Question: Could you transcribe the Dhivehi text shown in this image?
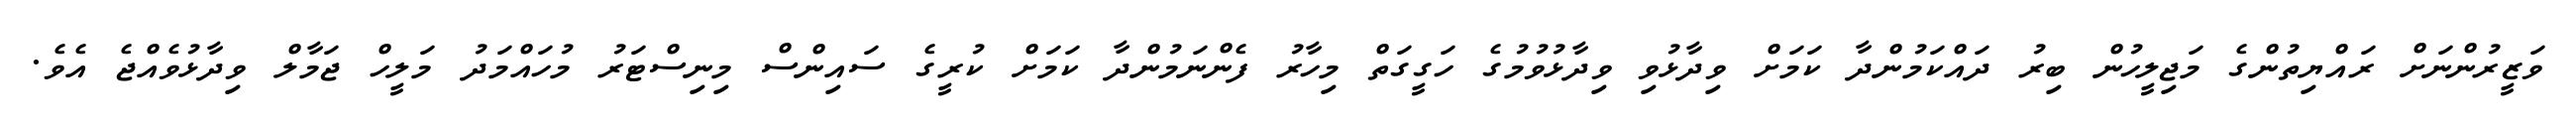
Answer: ވަޒީރުންނަށް ރައްޔިތުންގެ މަޖިލީހުން ބިރު ދައްކަމުންދާ ކަމަށް ވިދާޅުވި ވިދާޅުވުމުގެ ހަގީގަތް މިހާރު ފެންނަމުންދާ ކަމަށް ކުރީގެ ސައިންސް މިނިސްޓަރު މުހައްމަދު މަލީހް ޖަމާލް ވިދާޅުވެއްޖެ އެވެ.